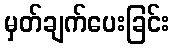
မှတ်ချက်ပေးခြင်း